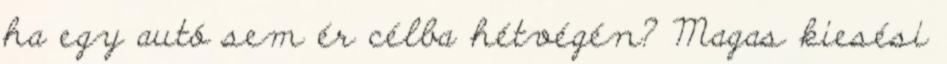
ha egy autó sem ér célba hétvégén? Magas kiesési